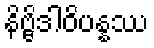
နိဗ္ဗိဒါဝိပန္နဿ